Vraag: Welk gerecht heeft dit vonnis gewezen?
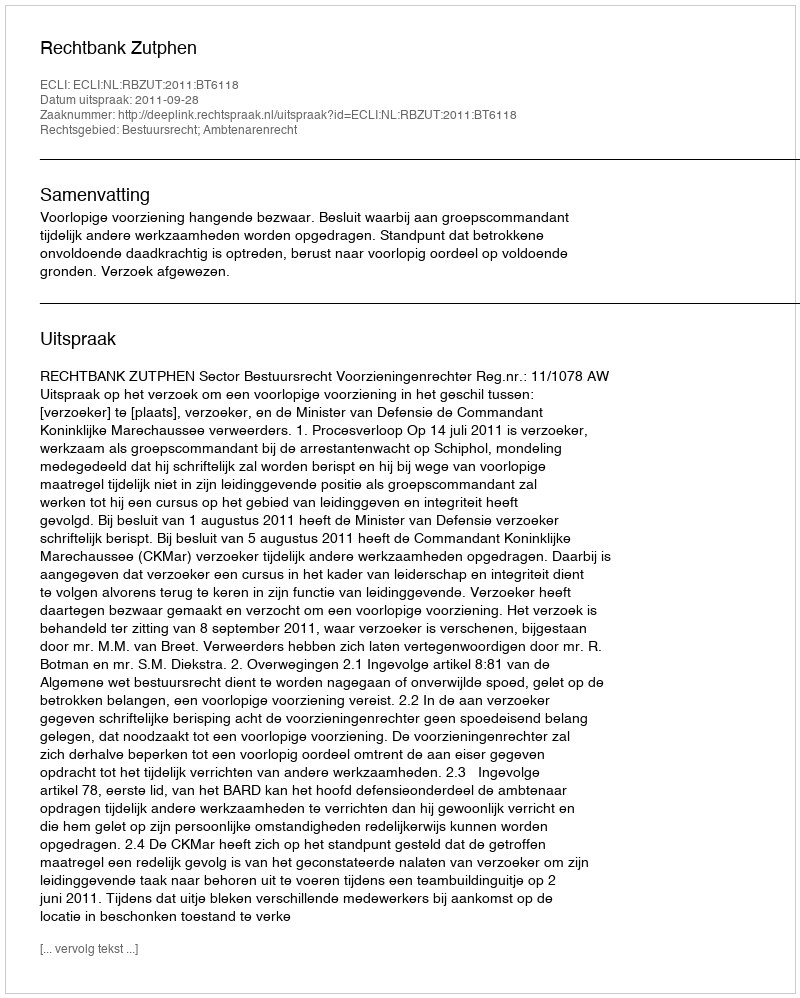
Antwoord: Rechtbank Zutphen